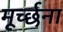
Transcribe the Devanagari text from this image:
मूर्च्छना